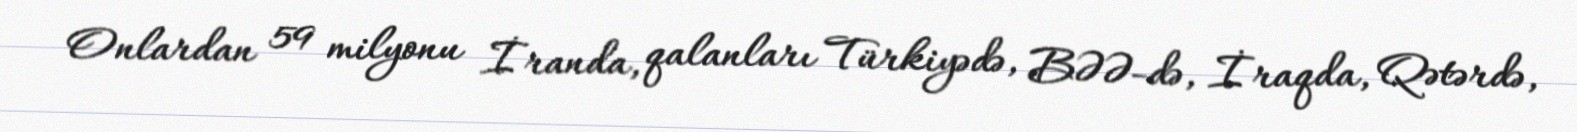
Onlardan 59 milyonu İranda, qalanları Türkiyədə, BƏƏ-də, İraqda, Qətərdə,